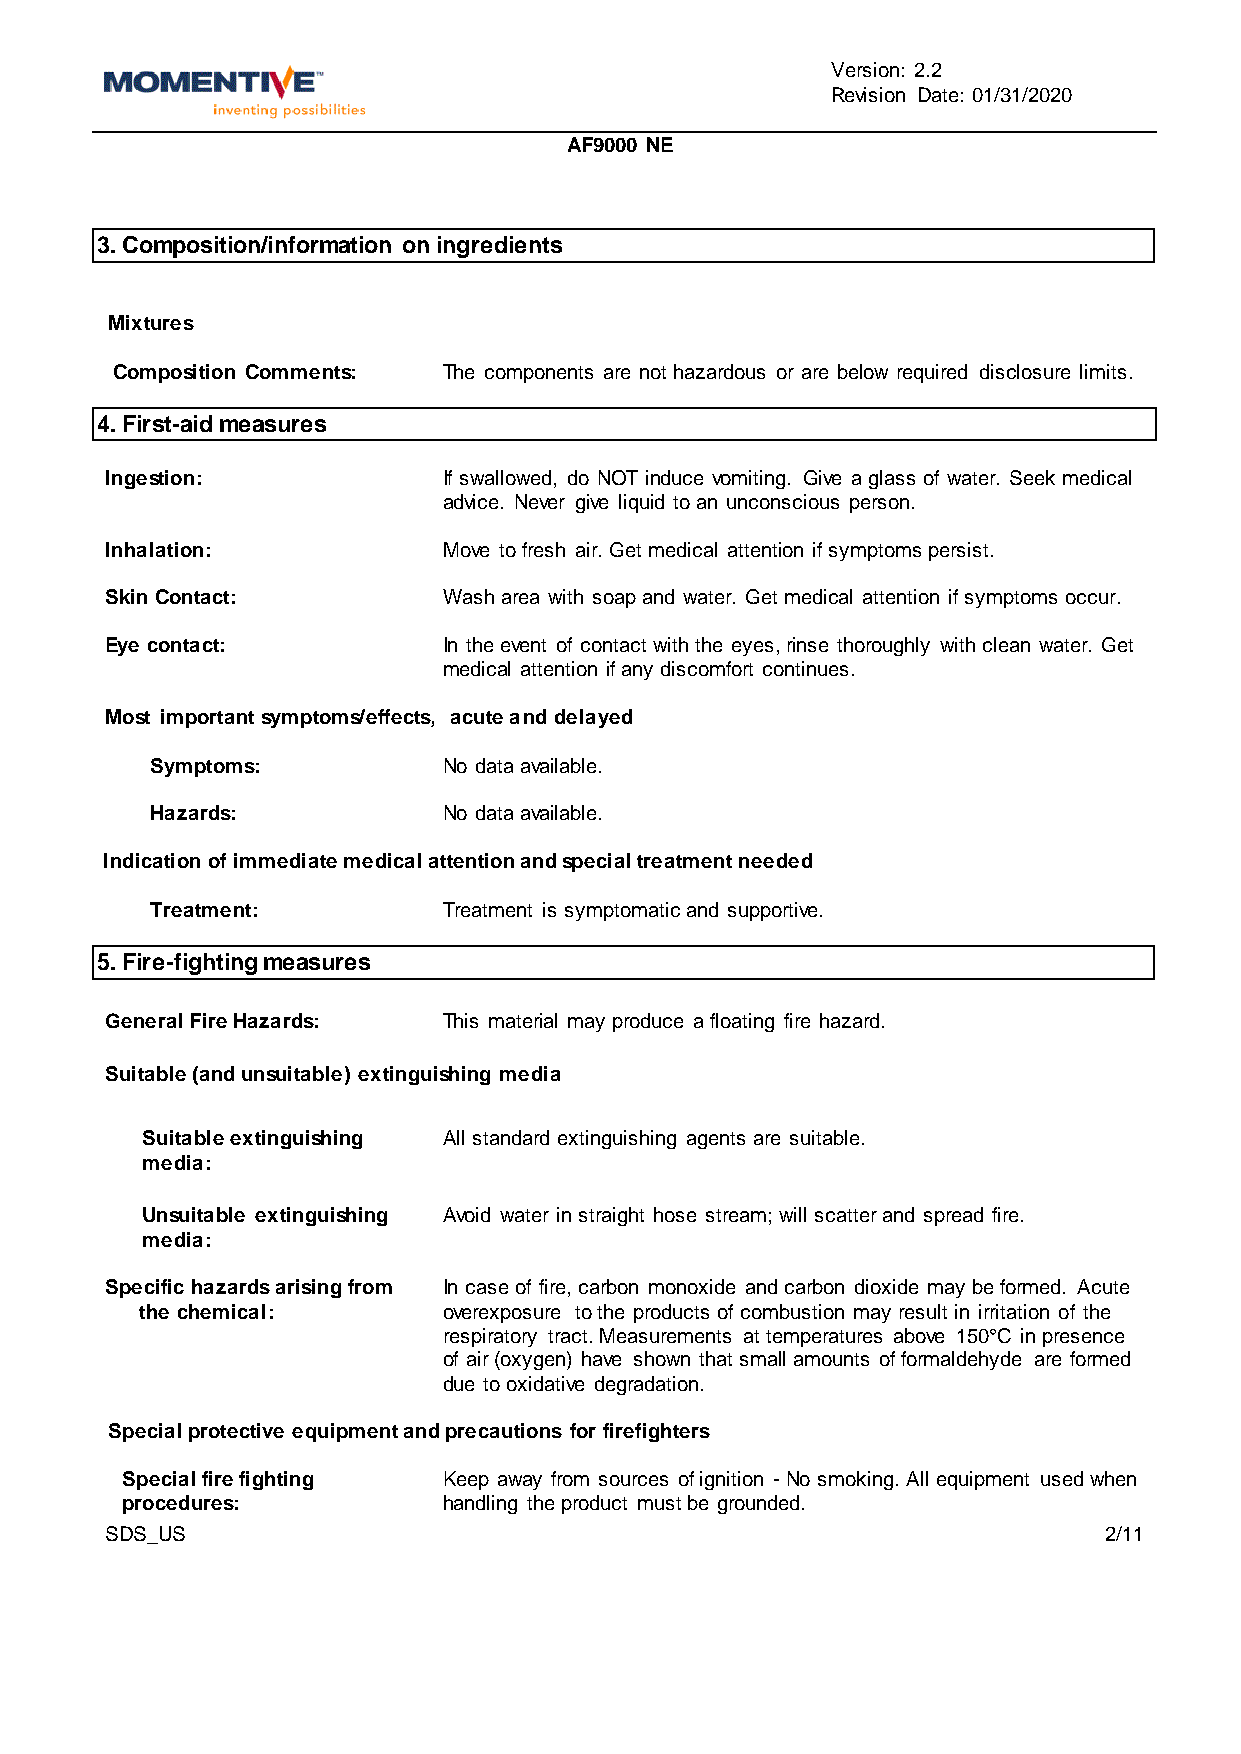
Version: 2.2
 Revision Date: 01/31/2020
 AF9000 NE
 3. Composition/information on ingredients
 Mixtures
 Composition Comments: The components are not hazardous or are below required disclosure limits.
 4. First-aid measures
 Ingestion:            If swallowed, do NOT induce vomiting. Give a glass of water. Seek medical
 advice. Never give liquid to an unconscious person.
 Inhalation:           Move to fresh air. Get medical attention if symptoms persist.
 Skin Contact:         Wash area with soap and water. Get medical attention if symptoms occur.
 Eye contact:          In the event of contact with the eyes, rinse thoroughly with clean water. Get
 medical attention if any discomfort continues.
 Most important symptoms/effects, acute and delayed
 Symptoms:          No data available.
 Hazards:           No data available.
 Indication of immediate medical attention and special treatment needed
 Treatment:         Treatment is symptomatic and supportive.
 5. Fire-fighting measures
 General Fire Hazards: This material may produce a floating fire hazard.
 Suitable (and unsuitable) extinguishing media
 Suitable extinguishing All standard extinguishing agents are suitable.
 media:
 Unsuitable extinguishing Avoid water in straight hose stream; will scatter and spread fire.
 media:
 Specific hazards arising from In case of fire, carbon monoxide and carbon dioxide may be formed. Acute
 the chemical:       overexposure to the products of combustion may result in irritation of the
 respiratory tract. Measurements at temperatures above 150°C in presence
 of air (oxygen) have shown that small amounts of formaldehyde are formed
 due to oxidative degradation.
 Special protective equipment and precautions for firefighters
 Special fire fighting Keep away from sources of ignition - No smoking. All equipment used when
 procedures:          handling the product must be grounded.
 SDS_US                                                            2/11